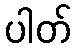
ပါတ်